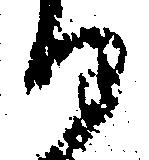
る